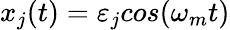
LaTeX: x_{j}(t)=\varepsilon_{j}cos(\omega_{m}t)